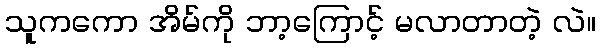
သူကကော အိမ်ကို ဘာ့ကြောင့် မလာတာတဲ့ လဲ။